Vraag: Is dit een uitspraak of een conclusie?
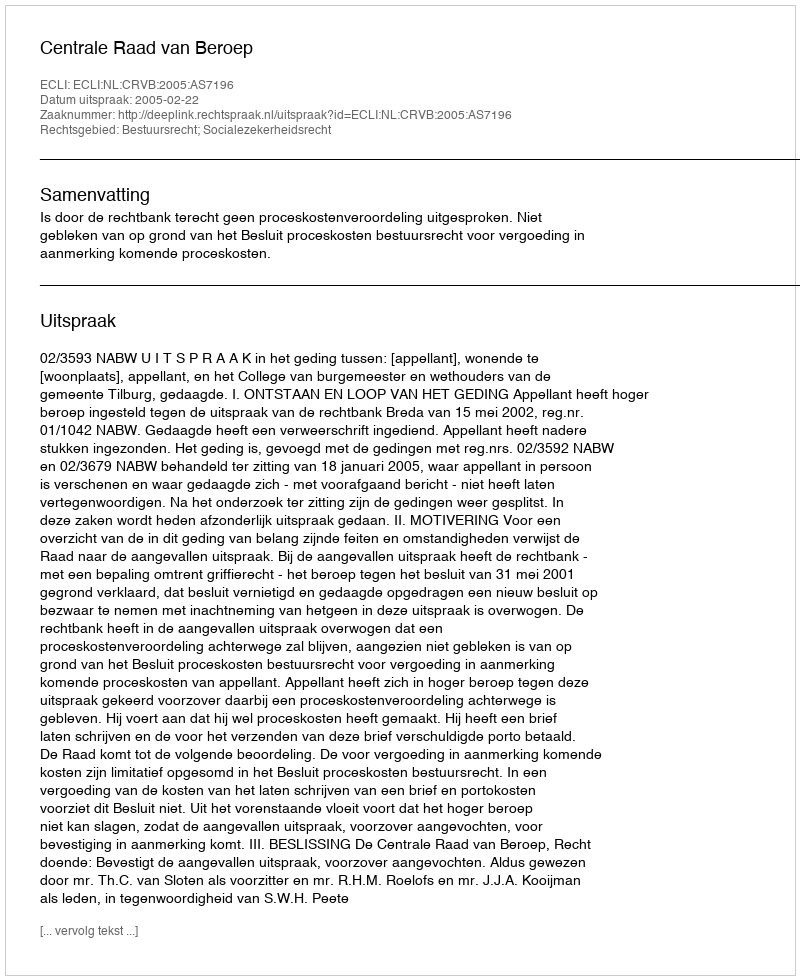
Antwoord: Uitspraak